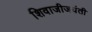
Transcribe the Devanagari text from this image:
शिवाजीजयंती